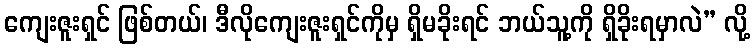
ကျေးဇူးရှင် ဖြစ်တယ်၊ ဒီလိုကျေးဇူးရှင်ကိုမှ ရှိမခိုးရင် ဘယ်သူ့ကို ရှိခိုးရမှာလဲ” လို့